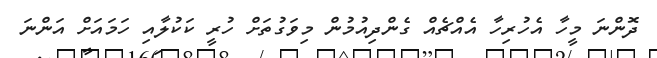
ދޮންނަ މީހާ އެހުރިހާ އެއްޗެއް ގެންދިއުމުން މިވަގުތަށް ހުރީ ކަކުލާއި ހަމައަށް އަންނަ